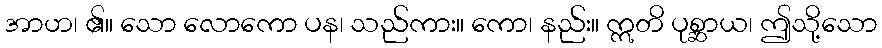
အာဟ၊ ၏။ သော လောကော ပန၊ သည်ကား။ ကော၊ နည်း။ ဣတိ ပုစ္ဆာယ၊ ဤသို့သော